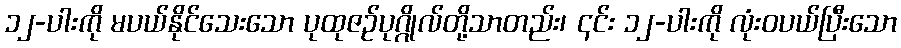
၁၂-ပါးကို မပယ်နိုင်သေးသော ပုထုဇဉ်ပုဂ္ဂိုလ်တို့သာတည်း၊ ၎င်း ၁၂-ပါးကို လုံးဝပယ်ပြီးသော